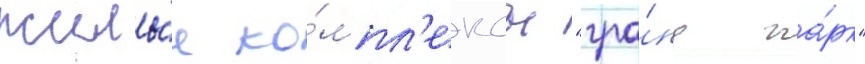
жилы́е ко́мпл'ексы "гра́нд па́рк"